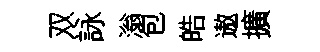
双詠滃包皓遨擴